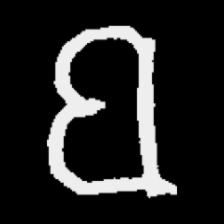
Pyu character \u2014 Myanmar letter: ဗ (romanized: ba)